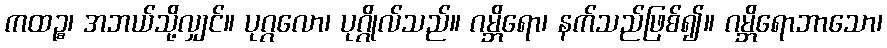
ကထဉ္စ၊ အဘယ်သို့လျှင်။ ပုဂ္ဂလော၊ ပုဂ္ဂိုလ်သည်။ ဂမ္ဘိရော၊ နက်သည်ဖြစ်၍။ ဂမ္ဘိရောဘာသော၊